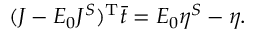
\begin{array} { r } { ( \boldsymbol { J } - E _ { 0 } { \boldsymbol { J ^ { S } } } ) ^ { \mathrm { T } } \boldsymbol { \bar { t } } = E _ { 0 } { \boldsymbol { \eta ^ { S } } } - \boldsymbol { \eta } . } \end{array}